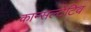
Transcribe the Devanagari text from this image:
कान्सल्टेटिव